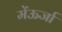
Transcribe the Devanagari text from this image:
मेंऊर्जा